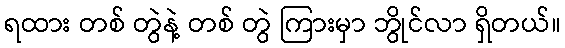
ရထား တစ် တွဲနဲ့ တစ် တွဲ ကြားမှာ ဘွိုင်လာ ရှိတယ်။